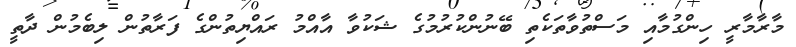
މާރާމާރީ ހިންގުމާއި މަސްތުވާތަކެތި ބޭނުންކުރުމުގެ ޝަކުވާ އާއްމު ރައްޔިތުންގެ ފަރާތުން ލިބެމުން ދާތީ